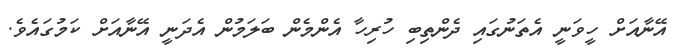
އޭނާއަށް ހީވަނީ އެތަނުގައި ދެންތިބި ހުރިހާ އެންމެން ބަލަމުން އެދަނީ އޭނާއަށް ކަމުގައެވެ.